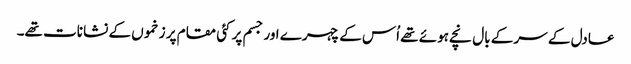
عادل کے سر کے بال نچے ہوئے تھے اُس کے چہرے اور جسم پر کئی مقام پر زخموں کے نشانات تھے۔